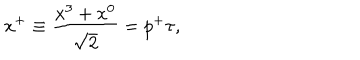
x ^ { + } \equiv { \frac { x ^ { 3 } + x ^ { 0 } } { \sqrt { 2 } } } = p ^ { + } \tau ,